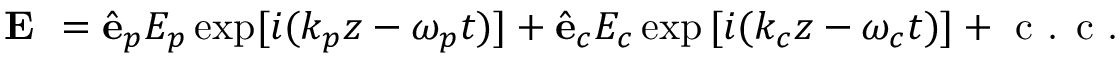
\textbf { E } = \hat { \mathbf { e } } _ { p } { \cal E } _ { p } \exp [ { i ( k _ { p } z - \omega _ { p } t ) ] } + \hat { \mathbf { e } } _ { c } { \cal E } _ { c } \exp { [ i ( k _ { c } z - \omega _ { c } t ) ] } + \textrm { c . c . }